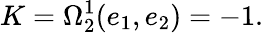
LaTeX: K=\Omega_{2}^{1}(e_{1},e_{2})=-1.